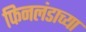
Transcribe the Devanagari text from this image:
फिनलंडाच्या